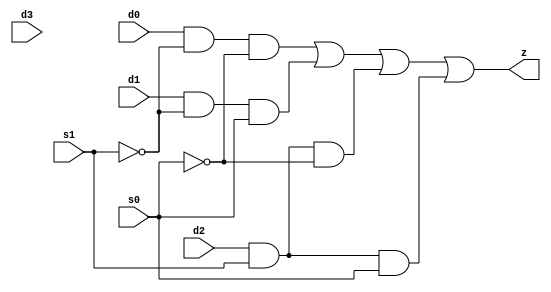
//#############################################################################
//# Function: 4-Input Mux                                                     #
//# Copyright: OH Project Authors. ALl rights Reserved.                       #
//# License:  MIT (see LICENSE file in OH repository)                         #
//#############################################################################

module asic_mux4 #(parameter PROP = "DEFAULT")  (
   input  d0,
   input  d1,
   input  d2,
   input  d3,
   input  s0,
   input  s1,
   output z
   );

   assign z = (d0 & ~s1 & ~s0) |
	      (d1 & ~s1 &  s0) |
	      (d2 &  s1 & ~s0) |
	      (d2 &  s1 &  s0);

endmodule